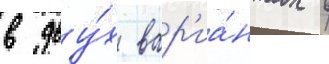
в дву́х вар'иа́нтах в